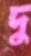
দু